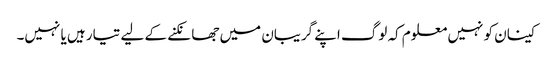
کینان کو نہیں معلوم کہ لوگ اپنے گریبان میں جھانکنے کے لیے تیار ہیں یا نہیں۔